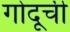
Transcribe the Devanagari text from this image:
गोदूची